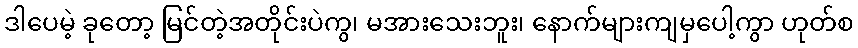
ဒါပေမဲ့ ခုတော့ မြင်တဲ့အတိုင်းပဲကွ၊ မအားသေးဘူး၊ နောက်များကျမှပေါ့ကွာ ဟုတ်စ